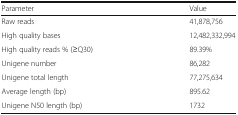
<table><thead><tr><td><b>Parameter</b></td><td><b>Value</b></td></tr></thead><tbody><tr><td>Raw reads</td><td>41,878,756</td></tr><tr><td>High quality bases</td><td>12,482,332,994</td></tr><tr><td>High quality reads % (≥Q30)</td><td>89.39%</td></tr><tr><td>Unigene number</td><td>86,282</td></tr><tr><td>Unigene total length</td><td>77,275,634</td></tr><tr><td>Average length (bp)</td><td>895.62</td></tr><tr><td>Unigene N50 length (bp)</td><td>1732</td></tr></tbody></table>